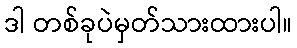
ဒါ တစ်ခုပဲမှတ်သားထားပါ။